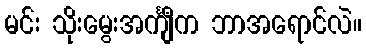
မင်း သိုးမွေးအင်္ကျီက ဘာအရောင်လဲ။